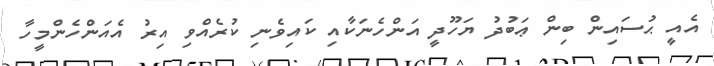
އެއީ ޙުސައިން ބިން ޢަބުދު ޔަހޫދީ އަންހެނަކާއި ކައިވެނި ކުރެއްވި އިރު އެއަންހެންމީހާ